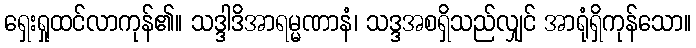
ရှေးရှုထင်လာကုန်၏။ သဒ္ဒါဒိအာရမ္မဏာနံ၊ သဒ္ဒအစရှိသည်လျှင် အာရုံရှိကုန်သော။